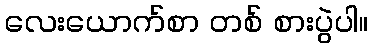
လေးယောက်စာ တစ် စားပွဲပါ။